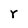
Character: r